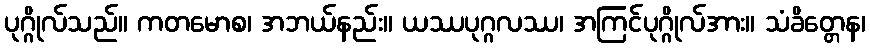
ပုဂ္ဂိုလ်သည်။ ကတမောစ၊ အဘယ်နည်း။ ယဿပုဂ္ဂလဿ၊ အကြင်ပုဂ္ဂိုလ်အား။ သံခိတ္တေန၊